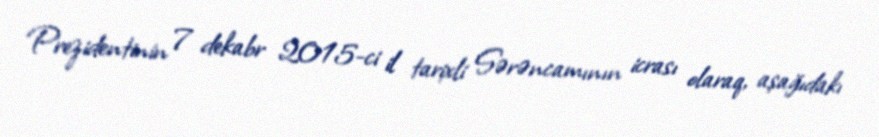
Prezidentinin 7 dekabr 2015-ci il tarixli Sərəncamının icrası olaraq, aşağıdakı